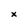
Character: x